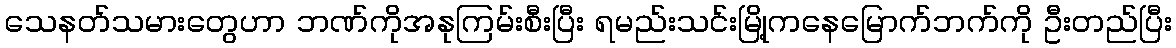
သေနတ်သမားတွေဟာ ဘဏ်ကိုအနုကြမ်းစီးပြီး ရမည်းသင်းမြို့ကနေမြောက်ဘက်ကို ဦးတည်ပြီး